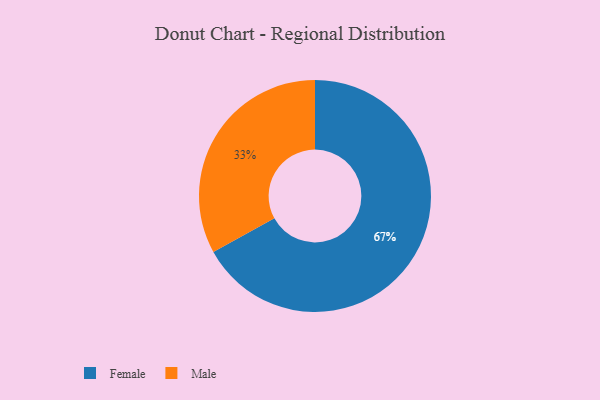
{"axis": {"x": "Category", "y": "Percentage"}, "legend": ["Female", "Male"], "data": [{"x": "Male", "y": 33, "type": "Male"}, {"x": "Female", "y": 67, "type": "Female"}]}